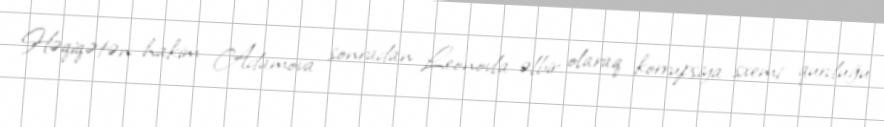
Həqiqətən hakim Adamova sonradan Leonovla əlbir olaraq korrupsiya sxemi qurduğu